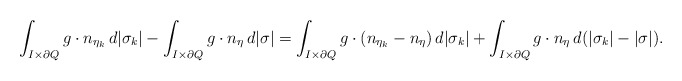
\begin{align*}\int_{ I \times \partial Q} g\cdot n_{\eta_k} \, d|\sigma_k| -\int_{I \times \partial Q} g\cdot n_\eta \, d|\sigma| = \int_{I \times \partial Q} g\cdot (n_{\eta_k}-n_\eta) \, d|\sigma_k| + \int_{I \times \partial Q} g\cdot n_\eta \, d(|\sigma_k| - |\sigma|).\end{align*}